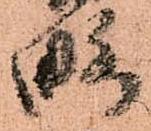
略